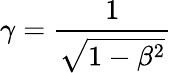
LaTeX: \gamma={\frac{1}{\sqrt{1-\beta^{2}}}}